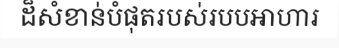
ដ៏សំខាន់បំផុតរបស់របបអាហារ